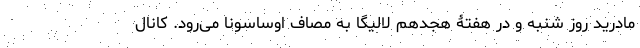
مادرید روز شنبه و در هفتۀ هجدهم لالیگا به مصاف اوساسونا می‌رود. کانال